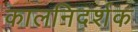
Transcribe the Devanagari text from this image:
कालनिदर्शक